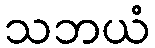
သဘယံ